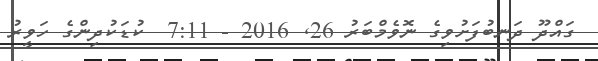
ގައްދޫ ދަނބުފަށުވިގެ ނޮވެމްބަރު 26